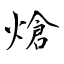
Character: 熗